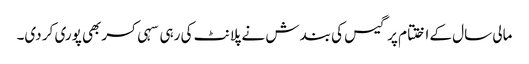
مالی سال کے اختتام پر گیس کی بندش نے پلانٹ کی رہی سہی کسربھی پوری کر دی۔